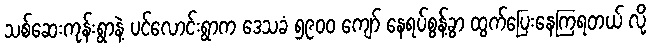
သစ်ဆေးကုန်းရွာနဲ့ ပင်လောင်းရွာက ဒေသခံ ၅၉၀၀ ကျော် နေရပ်စွန့်ခွာ ထွက်ပြေးနေကြရတယ် လို့